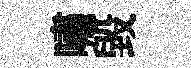
嘯毀